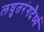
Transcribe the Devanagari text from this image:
लघुतरंगदैर्ध्य